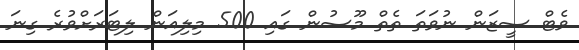
ވެޓް ސީޒަން ނުވަތަ ތެތް މޫސުން ގައި 500 މިލިއަން ލިޓަރަށްވުރެ ގިނަ